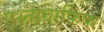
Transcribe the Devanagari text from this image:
एथ्नोग्राफिक